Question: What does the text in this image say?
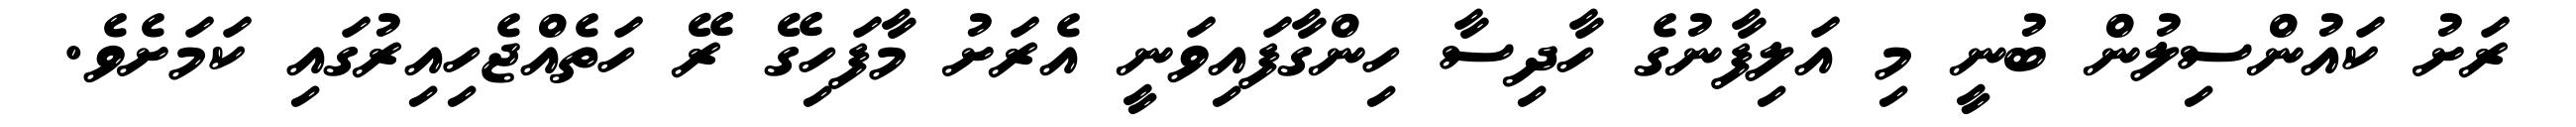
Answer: ރަށު ކައުންސިލުން ބުނީ މި އަލިފާނުގެ ހާދިސާ ހިންގާފައިވަނީ އެރަށު މާފަހިގޭ ރޭ ހަތެއްޖެހިއިރުގައި ކަމަށެވެ.